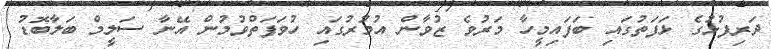
ދަރިފުޅުގެ ޅަފަތުގައި ބަފައިމީހާ މަރުވެ ޒުވާން އުމުރުގައި ހުވަފަތްވުމުން އޭނާ ސަލީމް ބަލާބޮޑު